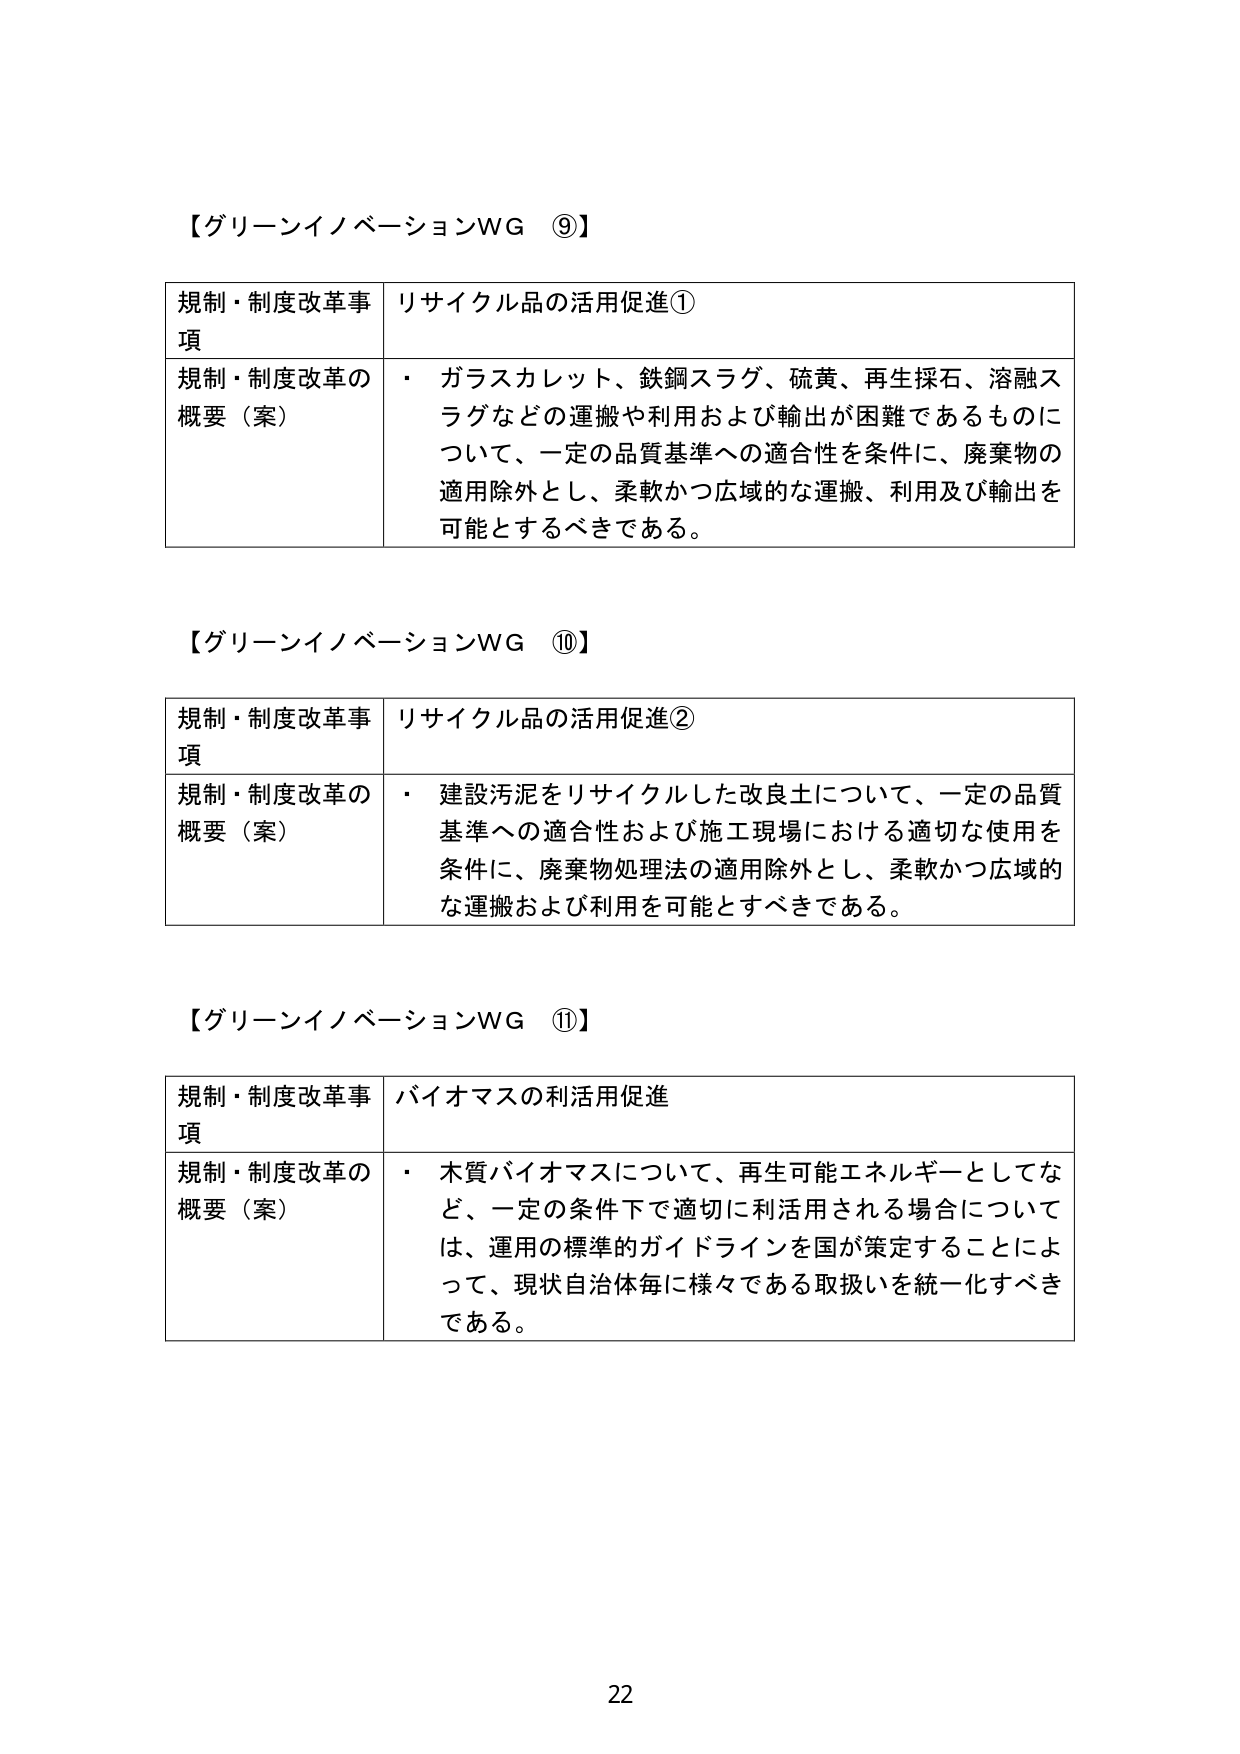
【グリーンイノベーションWG ⑨】

規制・制度改革事項　リサイクル品の活用促進①
規制・制度改革の概要（案）　・　ガラスカレット、鉄鋼スラグ、硫黄、再生採石、溶融スラグなどの運搬や利用および輸出が困難であるものについて、一定の品質基準への適合性を条件に、廃棄物の適用除外とし、柔軟かつ広域的な運搬、利用及び輸出を可能とするべきである。

【グリーンイノベーションWG ⑩】

規制・制度改革事項　リサイクル品の活用促進②
規制・制度改革の概要（案）　・　建設汚泥をリサイクルした改良土について、一定の品質基準への適合性および施工現場における適切な使用を条件に、廃棄物処理法の適用除外とし、柔軟かつ広域的な運搬および利用を可能とするべきである。

【グリーンイノベーションWG ⑪】

規制・制度改革事項　バイオマスの利活用促進
規制・制度改革の概要（案）　・　木質バイオマスについて、再生可能エネルギーとしてなど、一定の条件下で適切に利活用される場合については、運用の標準的ガイドラインを国が策定することによって、現状自治体毎に様々である取扱いを統一化すべきである。

22